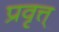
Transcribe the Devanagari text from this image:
प्रवृत्त्